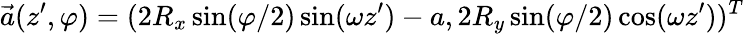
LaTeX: \vec{a}(z^{\prime},\varphi)=(2R_{x}\sin(\varphi/2)\sin(\omega z^{\prime})-a,2R_{y}\sin(\varphi/2)\cos(\omega z^{\prime}))^{T}